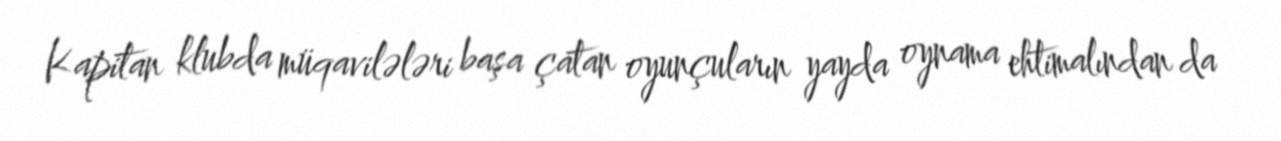
Kapitan klubda müqavilələri başa çatan oyunçuların yayda oynama ehtimalından da